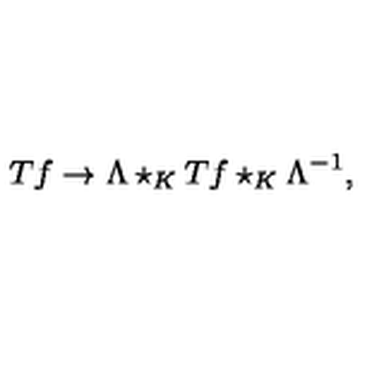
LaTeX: T f \rightarrow \Lambda \star _ { K } T f \star _ { K } \Lambda ^ { - 1 } ,